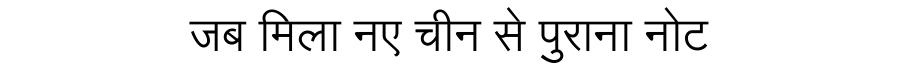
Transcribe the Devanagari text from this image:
जब मिला नए चीन से पुराना नोट